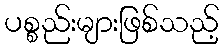
ပစ္စည်းများဖြစ်သည့်